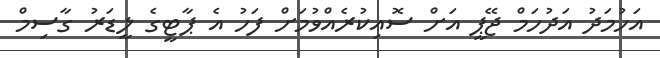
އަހުމަދު އަދުހަމް ޖޭޕީ އަށް ސޮއިކުރެއްވުމަށް ފަހު އެ ޕާޓީގެ ލީޑަރު ގާސިމް